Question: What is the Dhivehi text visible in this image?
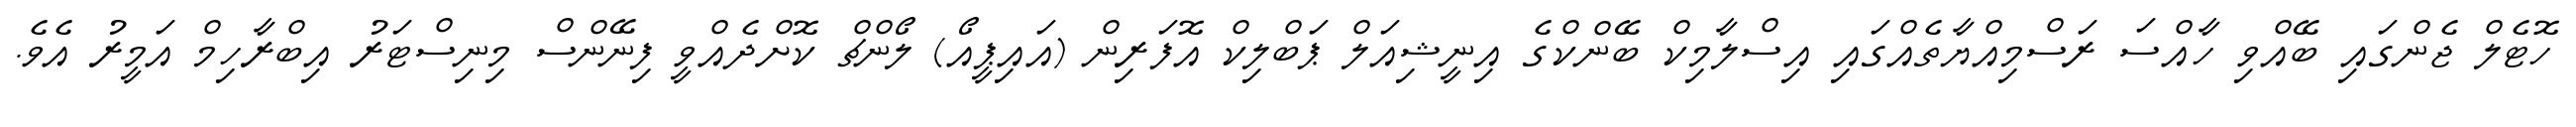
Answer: ހޮޓެލް ޖެންގައި ބޭއްވި ހާއްސަ ރަސްމިއްޔާތެއްގައި އިސްލާމިކް ބޭންކްގެ އިނީޝިއަލް ޕަބްލިކް އޮފަރިން (އައިޕީއޯ) ލޯންޗް ކޮށްދެއްވީ ފިނޭންސް މިނިސްޓަރު އިބްރާހިމް އަމީރު އެވެ.